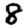
Digit: 8